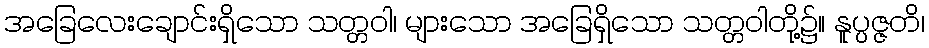
အခြေလေးချောင်းရှိသော သတ္တဝါ၊ များသော အခြေရှိသော သတ္တဝါတို့၌။ နူပ္ပဇ္ဇတိ၊